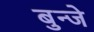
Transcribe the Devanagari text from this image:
बुन्जे